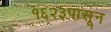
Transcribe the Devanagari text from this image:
१६२३पासून